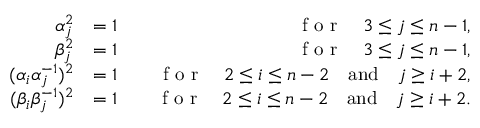
\begin{array} { r l r } { \alpha _ { j } ^ { 2 } } & { = 1 } & { \quad \textrm { f o r } \quad 3 \leq j \leq n - 1 , } \\ { \beta _ { j } ^ { 2 } } & { = 1 } & { \quad \textrm { f o r } \quad 3 \leq j \leq n - 1 , } \\ { ( \alpha _ { i } \alpha _ { j } ^ { - 1 } ) ^ { 2 } } & { = 1 } & { \quad \textrm { f o r } \quad 2 \leq i \leq n - 2 \quad \mathrm { a n d } \quad j \geq i + 2 , } \\ { ( \beta _ { i } \beta _ { j } ^ { - 1 } ) ^ { 2 } } & { = 1 } & { \quad \textrm { f o r } \quad 2 \leq i \leq n - 2 \quad \mathrm { a n d } \quad j \geq i + 2 . } \end{array}